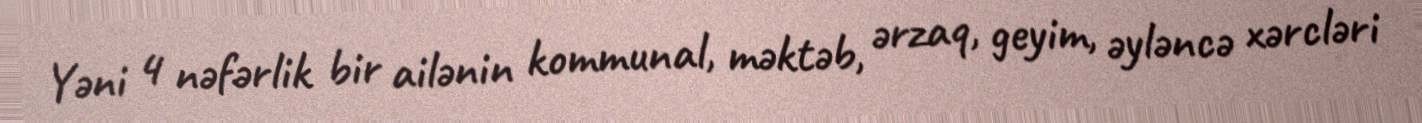
Yəni 4 nəfərlik bir ailənin kommunal, məktəb, ərzaq, geyim, əyləncə xərcləri